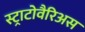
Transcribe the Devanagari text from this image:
स्ट्राटोवैरिअस